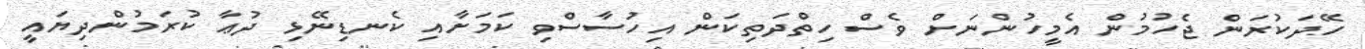
ހޭދަކުރަން ޖެހުމުން އެމީހުންނަށް ވެސް ހިތްދަތިކަން އިހުސާސްވި ކަމަށާއި ކެނޑިނޭޅި ދުޢާ ކުރަމުންދިޔައީ